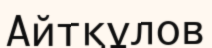
Айтқұлов